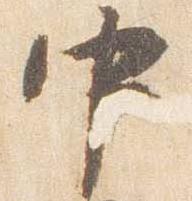
中